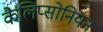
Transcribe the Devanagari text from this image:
कैलिप्सोनियन